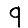
Digit: 9